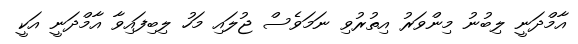
އާމްދަނީ ލިބުނު މިންވަރު އިތުރުވި ނަމަވެސް ޖުލައި މަހު ލިބިފައިވާ އާމްދަނީ އަކީ